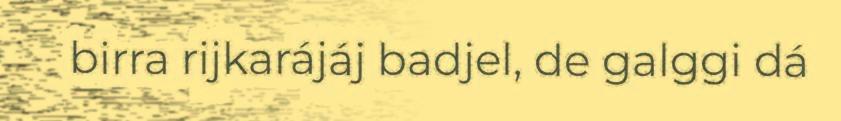
birra rijkarájáj badjel, de galggi dá